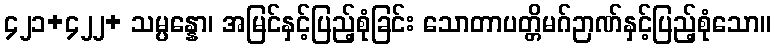
၄၂၁+၄၂၂+ သမ္ပန္နော၊ အမြင်နှင့်ပြည့်စုံခြင်း သောတာပတ္တိမဂ်ဉာဏ်နှင့်ပြည့်စုံသော။